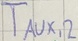
Text: TAUX,2